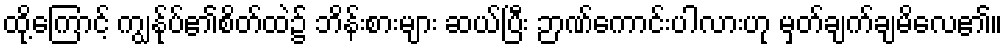
ထို့ကြောင့် ကျွန်ုပ်၏စိတ်ထဲ၌ ဘိန်းစားများ ဆယ်ပြီး ဉာဏ်ကောင်းပါလားဟု မှတ်ချက်ချမိလေ၏။